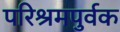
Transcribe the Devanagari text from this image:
परिश्रमपुर्वक